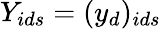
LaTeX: Y_{ids}=(y_{d})_{ids}